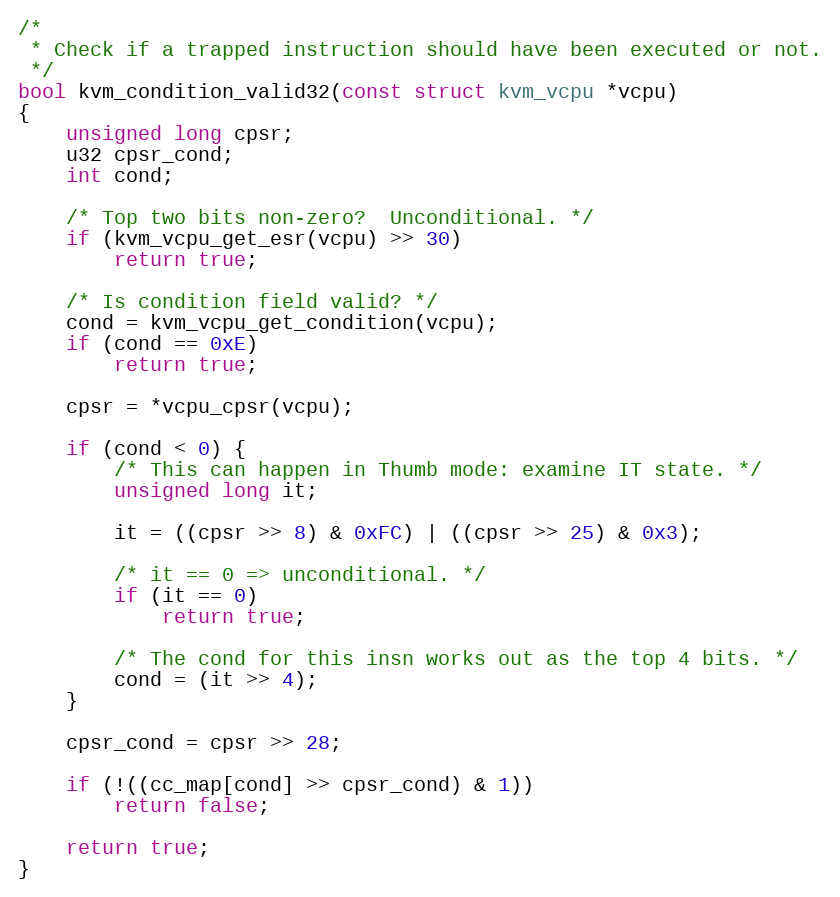
Language: C
/*
 * Check if a trapped instruction should have been executed or not.
 */
bool kvm_condition_valid32(const struct kvm_vcpu *vcpu)
{
	unsigned long cpsr;
	u32 cpsr_cond;
	int cond;

	/* Top two bits non-zero?  Unconditional. */
	if (kvm_vcpu_get_esr(vcpu) >> 30)
		return true;

	/* Is condition field valid? */
	cond = kvm_vcpu_get_condition(vcpu);
	if (cond == 0xE)
		return true;

	cpsr = *vcpu_cpsr(vcpu);

	if (cond < 0) {
		/* This can happen in Thumb mode: examine IT state. */
		unsigned long it;

		it = ((cpsr >> 8) & 0xFC) | ((cpsr >> 25) & 0x3);

		/* it == 0 => unconditional. */
		if (it == 0)
			return true;

		/* The cond for this insn works out as the top 4 bits. */
		cond = (it >> 4);
	}

	cpsr_cond = cpsr >> 28;

	if (!((cc_map[cond] >> cpsr_cond) & 1))
		return false;

	return true;
}